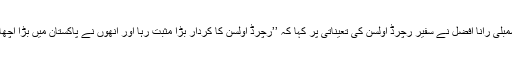
رکن قومی اسمبلی رانا افضل نے سفیر رچرڈ اولسن کی تعیناتی پر کہا کہ ’’رچرڈ اولسن کا کردار بڑا مثبت رہا اور انھوں نے پاکستان میں بڑا اچھا وقت گزارا ۔